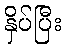
နှိပ်ပြီး